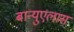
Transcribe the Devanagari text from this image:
बान्युएलास